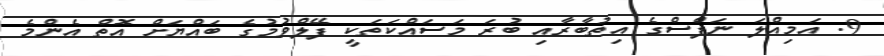
9. އަމިއްލަ ނަފްސްގެ އިތުބާރާއި ބުރަ މަސައްކަތަކީ ފޭލްވުމުގެ ބައްޔަށް އޮތް އެންމެ